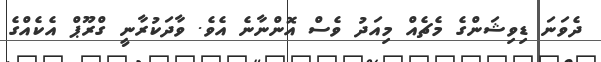
ދެވަނަ ޑިވިޝަންގެ މެޗެއް މިއަދު ވެސް އޮންނާނެ އެވެ. ވާދަކުރާނީ ގްރޫޕް އެކެއްގެ